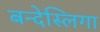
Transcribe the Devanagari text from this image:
बन्देस्लिगा